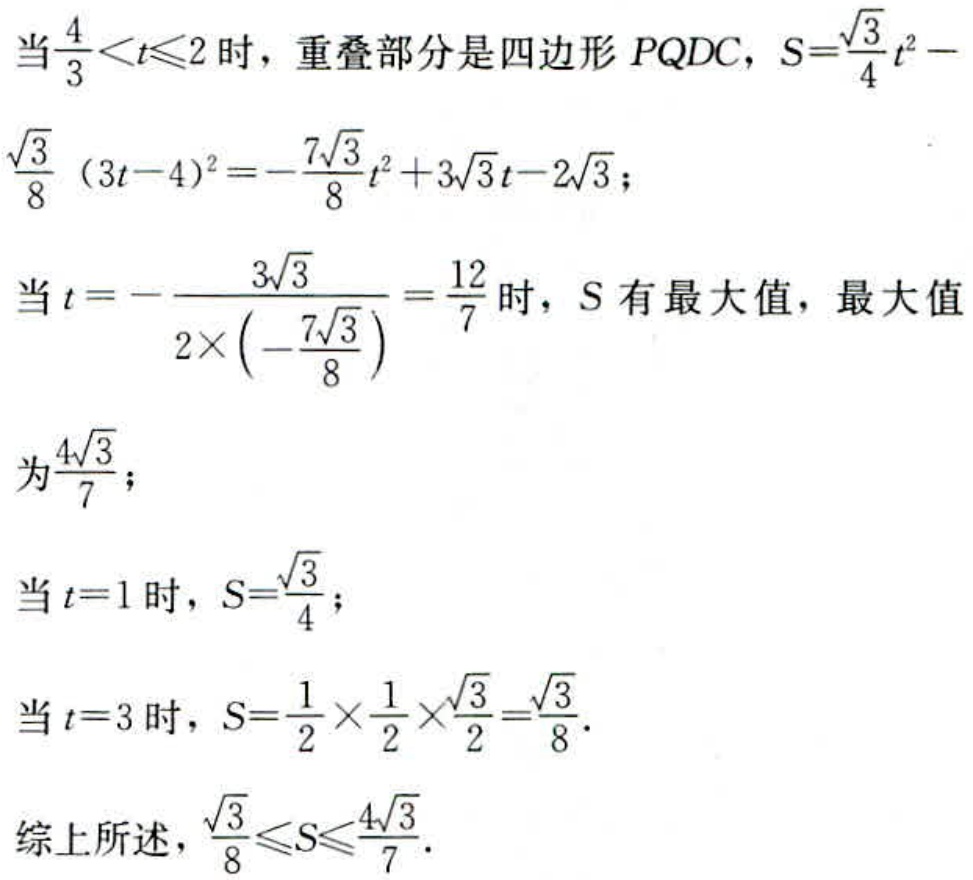
当\(\frac{4}{3}<t\leqslant2\)时，重叠部分是四边形 \(PQDC\)，\(S = \frac{\sqrt{3}}{4}t^{2}-\frac{\sqrt{3}}{8}(3t - 4)^{2}=-\frac{7\sqrt{3}}{8}t^{2}+3\sqrt{3}t - 2\sqrt{3}\)；
当\(t = -\frac{3\sqrt{3}}{2\times(-\frac{7\sqrt{3}}{8})}=\frac{12}{7}\)时，\(S\) 有最大值，最大值
为\(\frac{4\sqrt{3}}{7}\)；
当\(t = 1\)时，\(S=\frac{\sqrt{3}}{4}\)；
当\(t = 3\)时，\(S=\frac{1}{2}\times\frac{1}{2}\times\frac{\sqrt{3}}{2}=\frac{\sqrt{3}}{8}\)。
综上所述，\(\frac{\sqrt{3}}{8}\leqslant S\leqslant\frac{4\sqrt{3}}{7}\)。